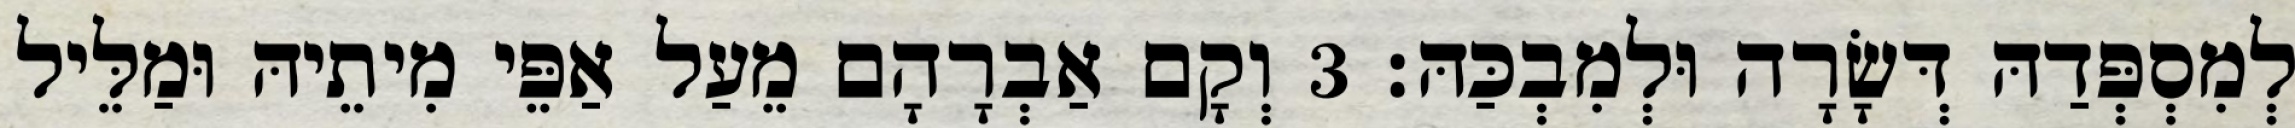
לְמִסְפְּדַהּ דְּשָׂרָה וּלְמִבְכַּהּ׃ 3 וְקָם אַבְרָהָם מֵעַל אַפֵּי מִיתֵיהּ וּמַלֵּיל